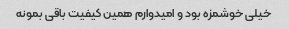
خیلی خوشمزه بود و امیدوارم همین کیفیت باقی بمونه